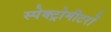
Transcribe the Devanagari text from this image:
स्पेक्ट्रोमीटरों